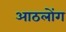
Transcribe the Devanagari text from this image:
आठलोंग